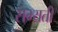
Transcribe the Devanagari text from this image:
सभ्यती